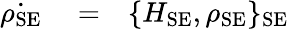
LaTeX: \begin{array}{rlr}{\dot{\rho_{\mathrm{SE}}}}&{{}=}&{\{ H_{\mathrm{SE}},\rho_{\mathrm{SE}}\} _{\mathrm{SE}}}\end{array}